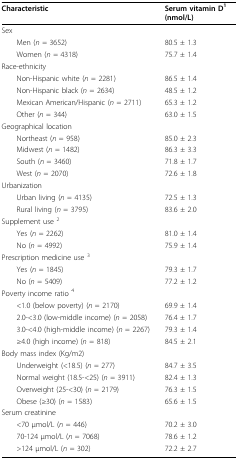
<table><thead><tr><td><b>Characteristic</b></td><td><b>Serum vitamin D<sup>1 </sup>(nmol/L)</b></td></tr></thead><tbody><tr><td>Sex</td><td></td></tr><tr><td> Men (<i>n </i>= 3652)</td><td>80.5 ± 1.3</td></tr><tr><td> Women (<i>n </i>= 4318)</td><td>75.7 ± 1.4</td></tr><tr><td>Race-ethnicity</td><td></td></tr><tr><td> Non-Hispanic white (<i>n </i>= 2281)</td><td>86.5 ± 1.4</td></tr><tr><td> Non-Hispanic black (<i>n </i>= 2634)</td><td>48.5 ± 1.2</td></tr><tr><td> Mexican American/Hispanic (<i>n </i>= 2711)</td><td>65.3 ± 1.2</td></tr><tr><td> Other (<i>n </i>= 344)</td><td>63.0 ± 1.5</td></tr><tr><td>Geographical location</td><td></td></tr><tr><td> Northeast (<i>n </i>= 958)</td><td>85.0 ± 2.3</td></tr><tr><td> Midwest (<i>n </i>= 1482)</td><td>86.3 ± 3.3</td></tr><tr><td> South (<i>n </i>= 3460)</td><td>71.8 ± 1.7</td></tr><tr><td> West (<i>n </i>= 2070)</td><td>72.6 ± 1.8</td></tr><tr><td>Urbanization</td><td></td></tr><tr><td> Urban living (<i>n </i>= 4135)</td><td>72.5 ± 1.3</td></tr><tr><td> Rural living (<i>n </i>= 3795)</td><td>83.6 ± 2.0</td></tr><tr><td>Supplement use <sup>2</sup></td><td></td></tr><tr><td> Yes (<i>n </i>= 2262)</td><td>81.0 ± 1.4</td></tr><tr><td> No (<i>n </i>= 4992)</td><td>75.9 ± 1.4</td></tr><tr><td>Prescription medicine use <sup>3</sup></td><td></td></tr><tr><td> Yes (<i>n </i>= 1845)</td><td>79.3 ± 1.7</td></tr><tr><td> No (<i>n </i>= 5409)</td><td>77.2 ± 1.2</td></tr><tr><td>Poverty income ratio <sup>4</sup></td><td></td></tr><tr><td> &lt;1.0 (below poverty) (<i>n </i>= 2170)</td><td>69.9 ± 1.4</td></tr><tr><td> 2.0-&lt;3.0 (low-middle income) (<i>n </i>= 2058)</td><td>76.4 ± 1.7</td></tr><tr><td> 3.0-&lt;4.0 (high-middle income) (<i>n </i>= 2267)</td><td>79.3 ± 1.4</td></tr><tr><td> ≥4.0 (high income) (<i>n </i>= 818)</td><td>84.5 ± 2.1</td></tr><tr><td>Body mass index (Kg/m2)</td><td></td></tr><tr><td> Underweight (&lt;18.5) (<i>n </i>= 277)</td><td>84.7 ± 3.5</td></tr><tr><td> Normal weight (18.5-&lt;25) (<i>n </i>= 3911)</td><td>82.4 ± 1.3</td></tr><tr><td> Overweight (25-&lt;30) (<i>n </i>= 2179)</td><td>76.3 ± 1.5</td></tr><tr><td> Obese (≥30) (<i>n </i>= 1583)</td><td>65.6 ± 1.5</td></tr><tr><td>Serum creatinine</td><td></td></tr><tr><td> &lt;70 μmol/L (<i>n </i>= 446)</td><td>70.2 ± 3.0</td></tr><tr><td> 70-124 μmol/L (<i>n </i>= 7068)</td><td>78.6 ± 1.2</td></tr><tr><td> &gt;124 μmol/L (<i>n </i>= 302)</td><td>72.2 ± 2.7</td></tr></tbody></table>